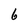
Character: 6